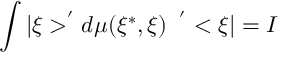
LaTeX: \int | \xi > ^ { ^ { \prime } } d \mu ( \xi ^ { * } , \xi ) \; \; ^ { ^ { \prime } } < \xi | = I